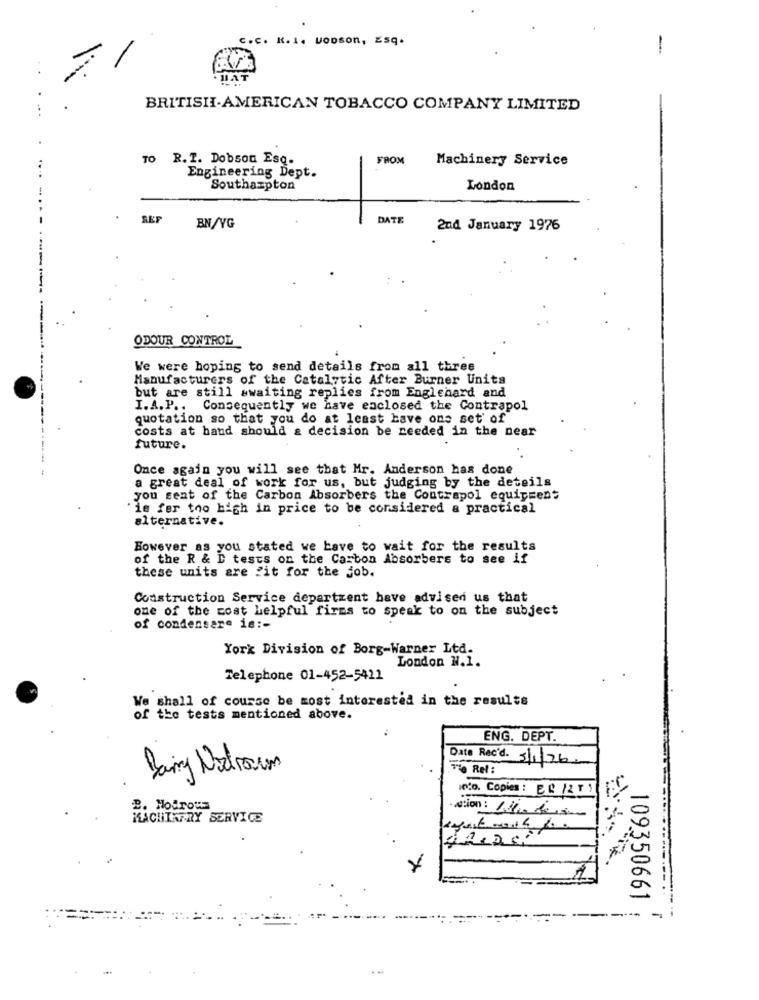
C.C. K. I. UODSon, ESq.
-
HAT
BRITISH-AMERICAN TOBACCO COMPANY LIMITED
O R. I. Dobson Esq.
FROM
Machinery Service
Engineering Dept.
Southampton
London
....-...
SEF
DATE
BN/VG
2nd January 1976
ODOUR CONTROL
We were hoping to send details from all three
Manufacturers of the Catalytic After Burner Units
but are still awaiting replies from Englehard and
I.A.P .. Consequently we have eaclosed the Contrapol
quotation so that you do at least have ons set of
costs at hand should & decision be reeded in the near
future.
Once again you will see that Mr. Anderson has done
a great deal of work for us, but judging by the deteils
you sent of the Carbon Absorbers the Contrapol equipment
ie fer too high in price to be considered a practical
alternative.
However as you stated we have to wait for the results
of the R & D tests on the Carbon Absorbers to see if
these units are fit for the job.
Construction Service departzent have advised us that
one of the most helpful firms to speak to on the subject
of condensare is :-
York Division of Borg-Warner Ltd.
London N.1.
Telephone 01-452-5411
We shall of course be most interested in the results
the tests mentioned above.
ENG. DEPT.
Data Rec'd. 3/1/26.
Being Netrou
Te Ref :
Into. Copies : ER /2
B. Hotroua
MACHINERY SERVICE
acion: 1-10
109350661